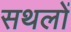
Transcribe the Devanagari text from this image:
सथलों